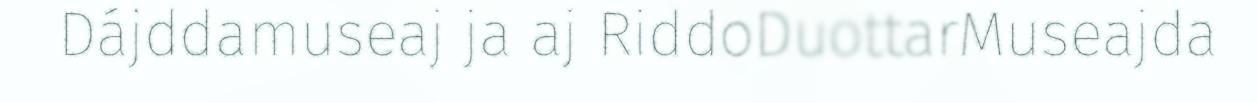
Dájddamuseaj ja aj RiddoDuottarMuseajda